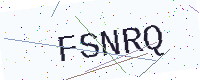
Text: FSNRQ